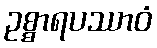
ဥစ္စာရပဿာဝံ